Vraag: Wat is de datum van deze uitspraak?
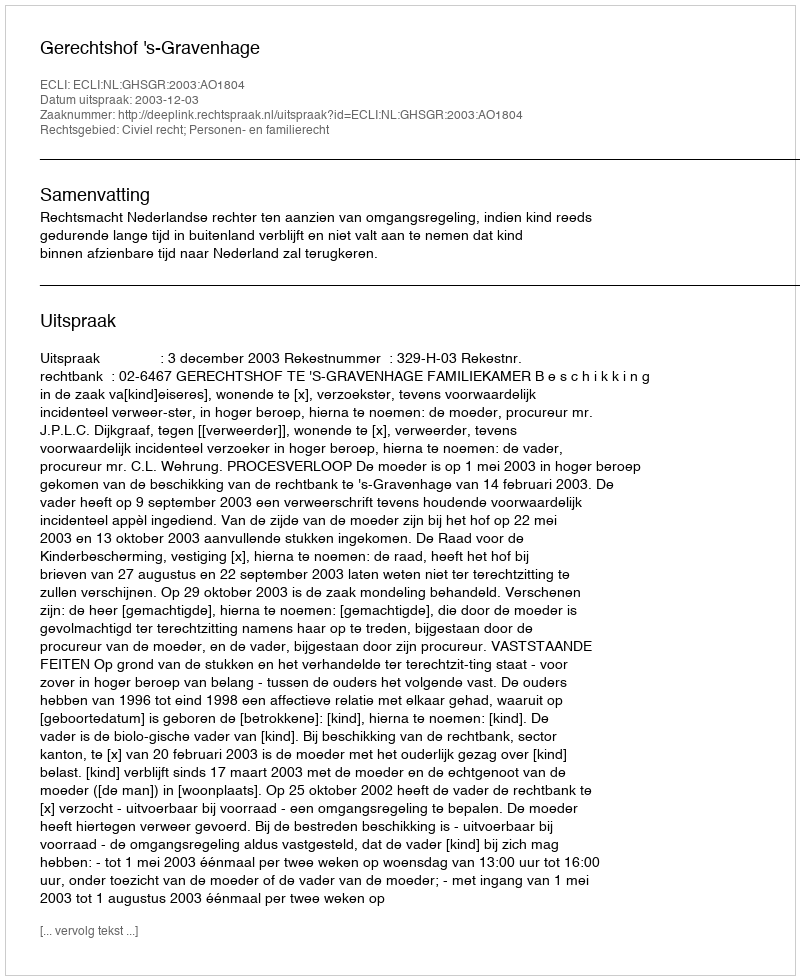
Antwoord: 2003-12-03